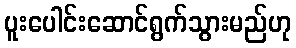
ပူးပေါင်းဆောင်ရွက်သွားမည်ဟု